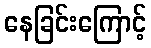
နေခြင်းကြောင့်